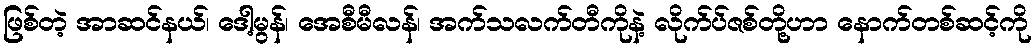
ဖြစ်တဲ့ အာဆင်နယ်၊ ဒေါ့မွန်၊ အေစီမီလန်၊ အက်သလက်တီကိုနဲ့ လိုက်ပ်ဇစ်တို့ဟာ နောက်တစ်ဆင့်ကို